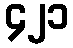
၄၂၁